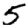
Digit: 5